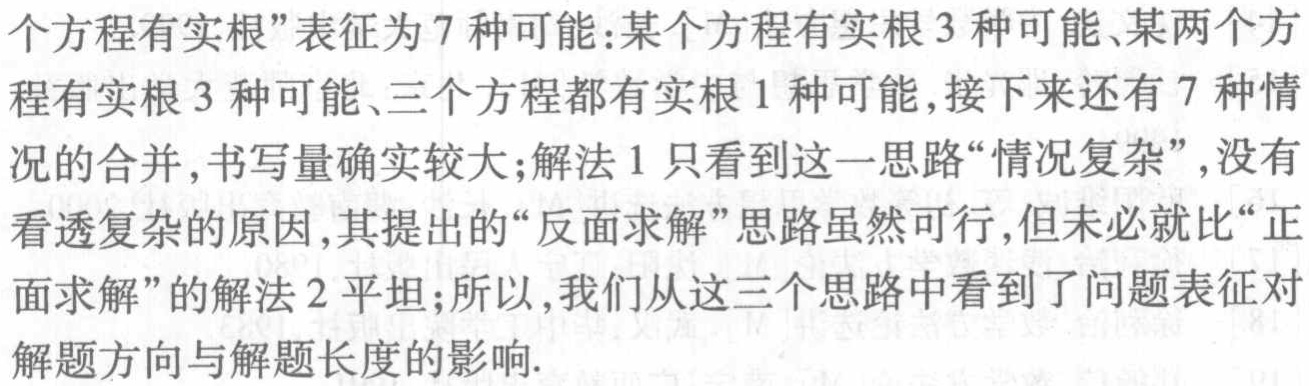
个方程有实根”表征为7种可能：某个方程有实根3种可能、某两个方程有实根3种可能、三个方程都有实根1种可能,接下来还有7种情况的合并,书写量确实较大;解法1只看到这一思路“情况复杂”,没有看透复杂的原因,其提出的“反面求解”思路虽然可行,但未必就比“正面求解”的解法2平坦;所以,我们从这三个思路中看到了问题表征对解题方向与解题长度的影响.